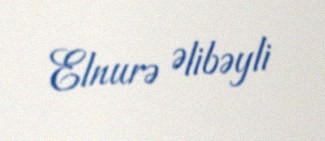
Elnurə Əlibəyli